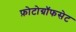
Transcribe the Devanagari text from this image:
फ़ोटोग्रॉफसेट